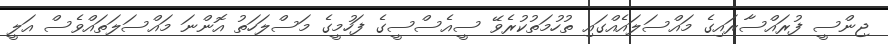
ޖިންސީ ފުރައްސާރައިގެ މައްސަލައެއްގައި ތުހުމަތުކުރެވޭ ސީއެސްސީގެ ފަހުމީގެ މަސްލަހަތު އޮންނަ މައްސަލަތައްވެސް އަލީ